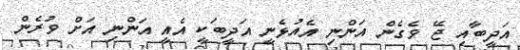
އަދީބާއި ޖޭ ވެގެން އަންނި އެއުޅެނީ އަދީބަކީ އެއީ އަންނި އަށް ވުރެން